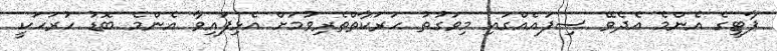
ޕާޓީގެ އެންމެ އެދެވޭ ސިފައެއްގައި މިވަގުތު ހަރަކާތްތެރިވުމަށް އެޅިފައިވާ އެންމެ ބޮޑު ހުރަހަކީ